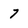
Character: 7